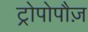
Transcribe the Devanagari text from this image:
ट्रोपोपौज़